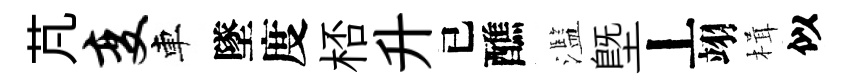
芃变車墜度桮升已醮濫塈丄翊楫似